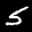
Label: 5